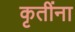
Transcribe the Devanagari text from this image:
कृतींना